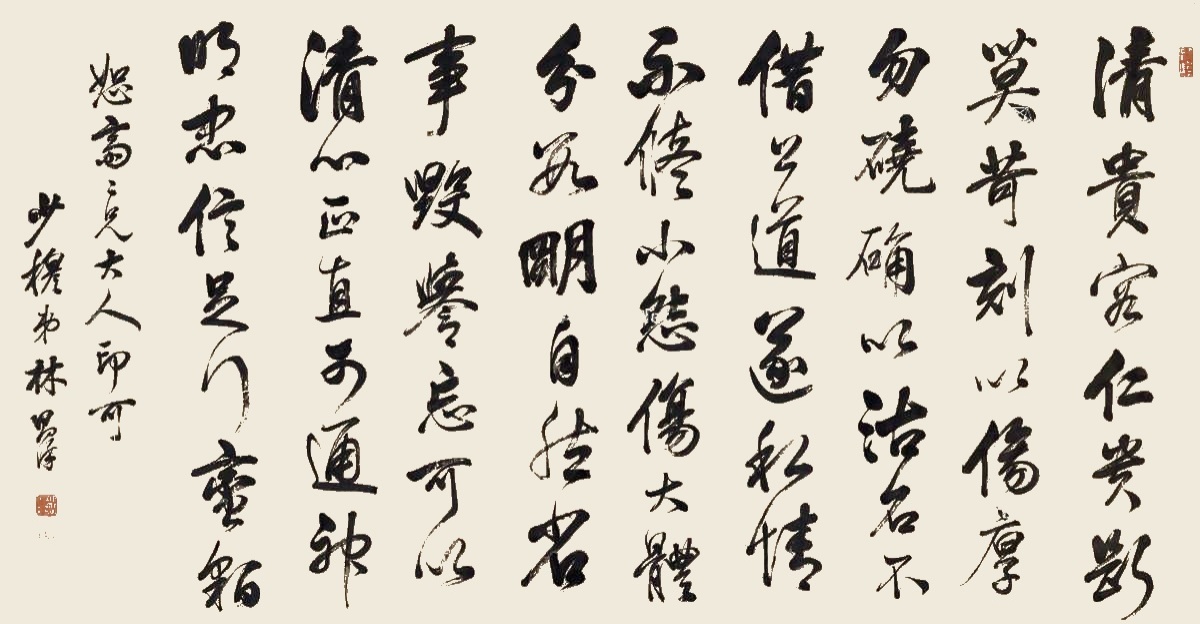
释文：清贵容，仁贵断。莫苛刻以伤厚，勿硗确以沽名。不惜公道遂私情，不修小怨伤大体。分数明，自然省事。毁誉忘，可以清心。正直可通于神明，忠信足行蛮貊。恕斋二兄大人印可。少穆弟林则徐。